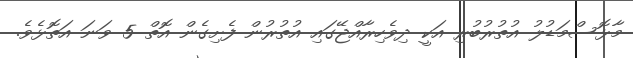
މާޅޮސްމަޑުލު އުތުރުބުރި އަކީ ދިވެހިރާއްޖޭގައި އުތުރުން ފެށިގެން އޮތް 5 ވަނަ އަތޮޅެވެ.